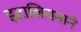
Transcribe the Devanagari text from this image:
इटालियनाने